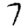
Digit: 7